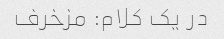
در یک کلام: مزخرف